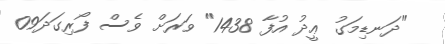
"ދަނޑިމަގު ޢީދު އުފާ 1438" ވަރަށް ވެސް ފޯރިގަދަ09